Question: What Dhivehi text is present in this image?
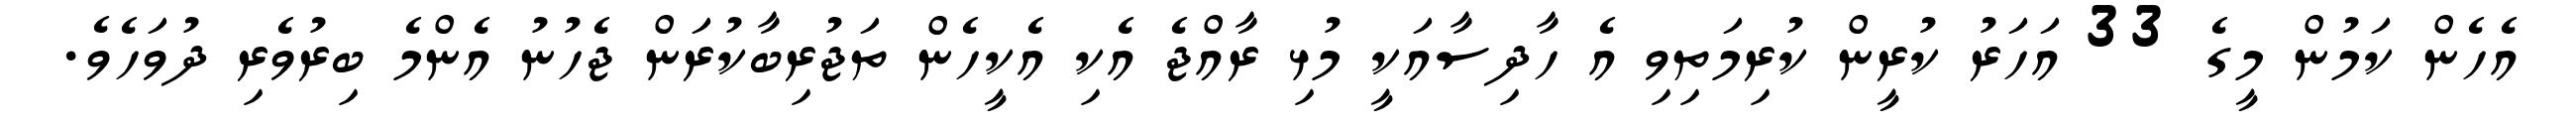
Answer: އެހެން ކަމުން މީގެ 33 އަހަރު ކުރީން ކުރިމަތިވި އެ ހާދިސާއަކީ މުޅި ރާއްޖެ އެކި އެކީހެން ތަޖުރިބާކުރަން ޖެހުނު އެންމެ ބިރުވެރި ދުވަހެވެ.